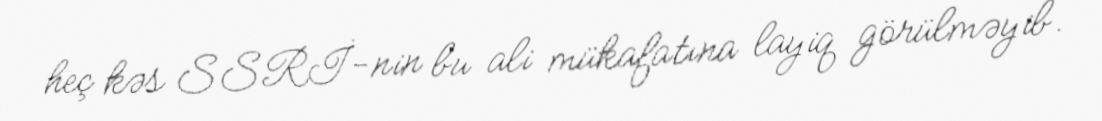
heç kəs SSRİ-nin bu ali mükafatına layiq görülməyib.